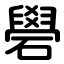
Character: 礐